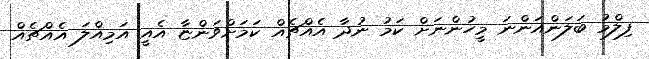
ފިލްމު ބަލަންއަންނަ މީހުންނަށް ކަމު ނުދާ އެއްޗެއް ކަމަށްވަންޏާ އެއީ އަމިއްލަ އެއްޗެއް